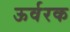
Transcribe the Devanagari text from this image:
ऊर्वरक